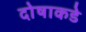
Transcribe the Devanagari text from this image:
दोषाकडे